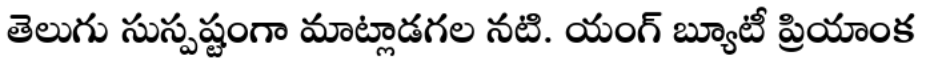
తెలుగు సుస్పష్టంగా మాట్లాడగల నటి. యంగ్ బ్యూటీ ప్రియాంక